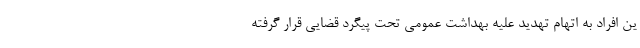
ین افراد به اتهام تهدید علیه بهداشت عمومی تحت پیگرد قضایی قرار گرفته